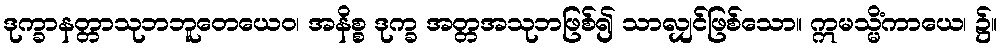
ဒုက္ခာနတ္တာသုဘဘူတေယေဝ၊ အနိစ္စ ဒုက္ခ အတ္တအသုဘဖြစ်၍ သာလျှင်ဖြစ်သော။ ဣမသ္မိံကာယေ၊ ၌။